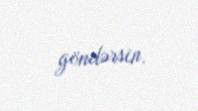
göndərsin.